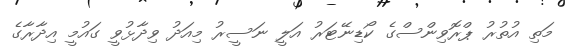
މަތި އުތުރު ޕްރޮވިންސްގެ ކޯޑިނޭޓަރު އަލީ ނަސީރު މިއަދު ވިދާޅުވީ ގައުމީ އިދާރާގެ